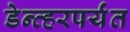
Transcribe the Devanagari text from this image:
डेन्व्हरपर्यंत